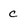
Character: c